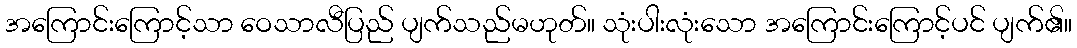
အကြောင်းကြောင့်သာ ဝေသာလီပြည် ပျက်သည်မဟုတ်။ သုံးပါးလုံးသော အကြောင်းကြောင့်ပင် ပျက်၏။